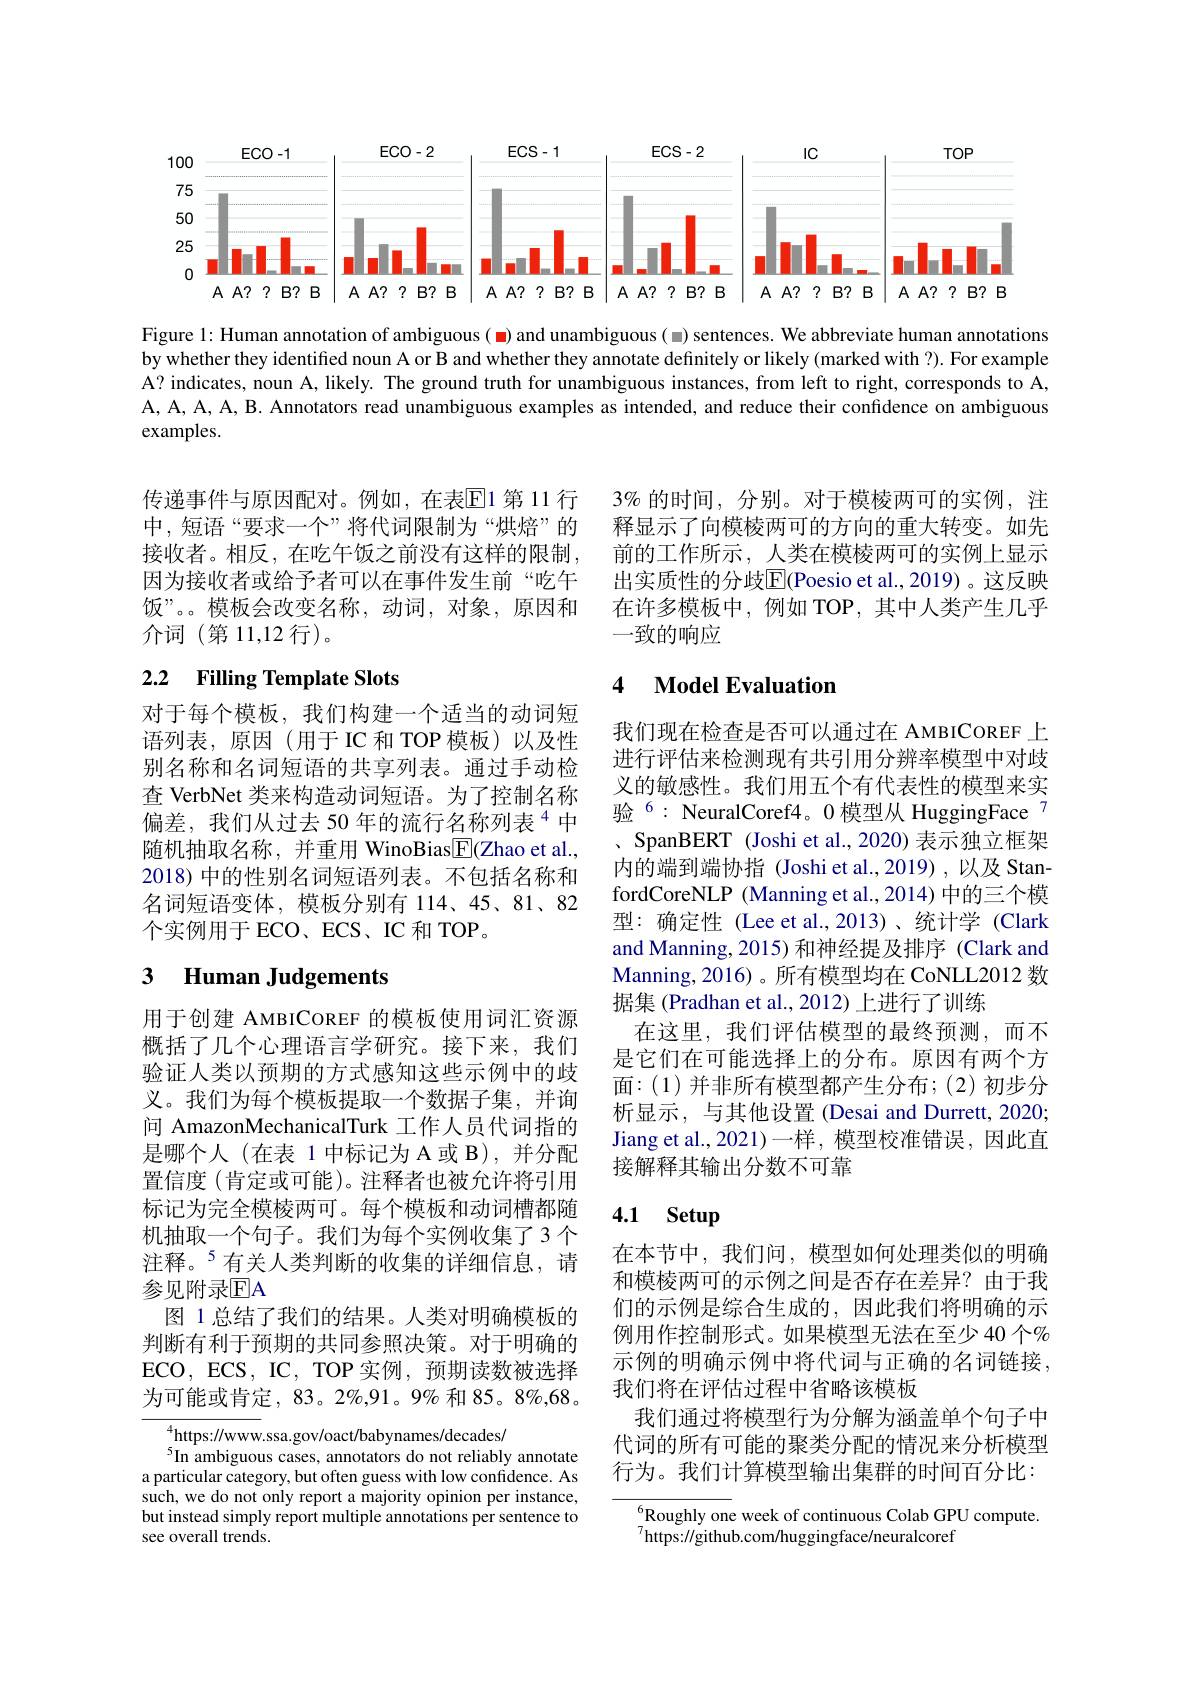
<FigureHere>

Figure 1: Human annotation of ambiguous( ◼)and unambiguous( ◼) sentences. We abbreviate human annotations by whether they identified noun A or B and whether they annotate definitely or likely (marked with ?). For example A? indicates, noun A, likely. The ground truth for unambiguous instances, from left to right, corresponds to A, A, A, A, A, B. Annotators read unambiguous examples as intended, and reduce their confidence on ambiguous examples.

传递事件与原因配对。例如，在表$\overline{\mathrm{E}}$1第 11 行中，短语“要求一个”将代词限制为“烘焙”的接收者。相反，在吃午饭之前没有这样的限制， 因为接收者或给予者可以在事件发生前“吃午饭”。模板会改变名称，动词，对象，原因和介词(第11，12行)。

## 2.2 Filling Template Slots

对于每个模板，我们构建一个适当的动词短语列表，原因(用于IC和TOP模板)以及性别名称和名词短语的共享列表。通过手动检查 VerbNet 类来构造动词短语。为了控制名称偏差，我们从过去 50 年的流行名称列表$^{4}$中随机抽取名称，并重用 WinoBias$\underline{\mathrm{E}}($Zhao et al., 2018) 中的性别名词短语列表。不包括名称和名词短语变体，模板分别有 114、45、81、82个实例用于 ECO、ECS、IC 和 TOP。

# 3 Human Judgements

用于创建 AMBICOREF 的模板使用词汇资源概括了几个心理语言学研究。接下来，我们验证人类以预期的方式感知这些示例中的歧义。我们为每个模板提取一个数据子集，并询问 AmazonMechanicalTurk 工作人员代词指的是哪个人(在表 1 中标记为 A 或 B),并分配置信度(肯定或可能)。注释者也被允许将引用标记为完全模棱两可。每个模板和动词槽都随机抽取一个句子。我们为每个实例收集了3个注释。$^{5}$有关人类判断的收集的详细信息，请参见附录$\overline{\mathrm{EA}}$
图 1 总结了我们的结果。人类对明确模板的判断有利于预期的共同参照决策。对于明确的ECO,ECS,IC,TOP实例，预期读数被选择为可能或肯定，83。2%,91。9% 和 85。8%,68。

$^{4}$https://www.ssa.gov/oact/babynames/decades/
$^{5}$In ambiguous cases, annotators do not reliably annotate a particular category, but often guess with low confidence. As such, we do not only report a majority opinion per instance, but instead simply report multiple annotations per sentence to see overall trends

$3\%$的时间，分别。对于模棱两可的实例，注释显示了向模棱两可的方向的重大转变。如先前的工作所示，人类在模棱两可的实例上显示出实质性的分歧$\overline{\mathrm{E}}($Poesio et al.,2019)。这反映在许多模板中，例如 TOP,其中人类产生几乎一致的响应

# 4 Model Evaluation

我们现在检查是否可以通过在 AMBICOREF 上进行评估来检测现有共引用分辨率模型中对歧义的敏感性。我们用五个有代表性的模型来实验$^{6}:$ NeuralCoref4。0 模型从 HuggingFace 7
SpanBERT (Joshi et al., 2020) 表示独立框架内的端到端协指 (Joshi et al.,2019) ,以及 StanfordCoreNLP (Manning et al.,2014) 中的三个模型：确定性 (Lee et al.,2013)、统计学 (Clark and Manning, 2015) 和神经提及排序 (Clark and Manning, 2016)。所有模型均在 CoNLL2012 数据集 (Pradhan et al., 2012) 上进行了训练
在这里，我们评估模型的最终预测，而不是它们在可能选择上的分布。原因有两个方面：(1)并非所有模型都产生分布；(2)初步分析显示，与其他设置 (Desai and Durrett, 2020; Jiang et al., 2021)一样，模型校准错误，因此直接解释其输出分数不可靠

# 4.1 Setup

在本节中，我们问，模型如何处理类似的明确和模棱两可的示例之间是否存在差异？由于我们的示例是综合生成的，因此我们将明确的示例用作控制形式。如果模型无法在至少 40 个% 示例的明确示例中将代词与正确的名词链接， 我们将在评估过程中省略该模板
我们通过将模型行为分解为涵盖单个句子中代词的所有可能的聚类分配的情况来分析模型行为。我们计算模型输出集群的时间百分比：

$^{6}$Roughly one week of continuous Colab GPU compute
$^{7}$https://github.com/huggingface/neuralcoref